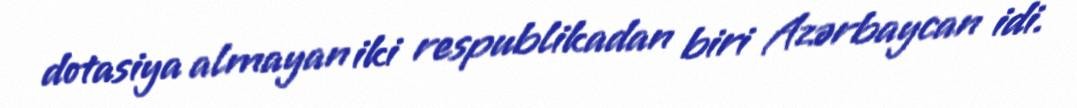
dotasiya almayan iki respublikadan biri Azərbaycan idi.